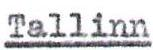
Tallinn